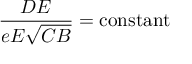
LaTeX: { \frac { D E } { e E { \sqrt { C B } } } } = { \mathrm { c o n s t a n t } }